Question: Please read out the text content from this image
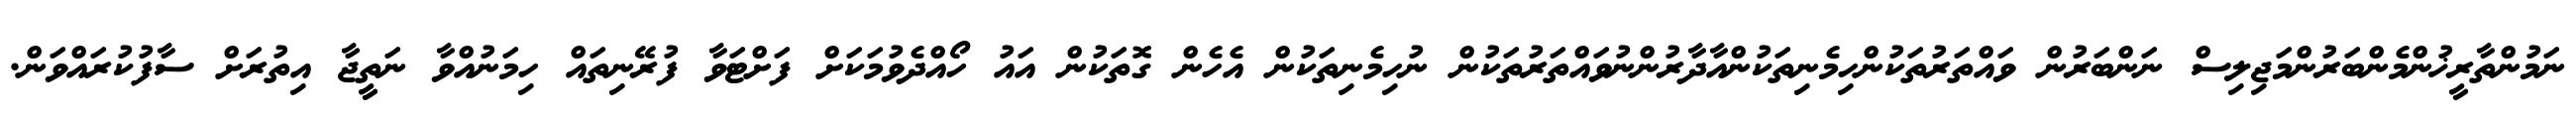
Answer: ނަމުންތާރީޚުންމެންބަރުންމަޖިލިސް ނަންބަރުން ވައްތަރުތަކުންހިމެނިތަކުންއާދާރުންނުވައްތަރުތަކުން ނުހިމެނިތަކުން އެހެން ގޮތަކުން އައު ހޯއްދެވުމަކަށް ފަށްޓަވާ ފުރޭނިތައް ހިމަނުއްވާ ނަތީޖާ އިތުރަށް ސާފުކުރައްވަން.